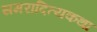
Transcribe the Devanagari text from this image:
समरादित्यकथा